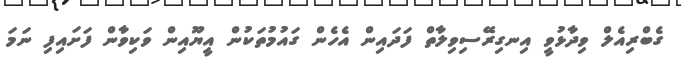
ގެބްރިއެލް ވިދާޅުވީ އިނގިރޭސިވިލާތް ފަދައިން އެހެން ގައުމުތަކުން އީޔޫއިން ވަކިވާން ފަށައިފި ނަމަ